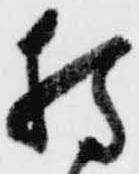
持